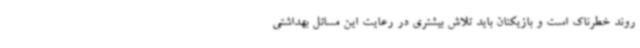
روند خطرناک است و بازیکنان باید تلاش بیشتری در رعایت این مسائل بهداشتی